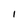
Character: 1